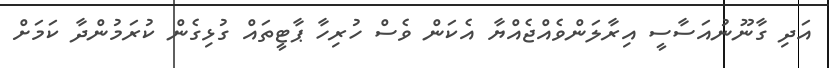
އަދި ގާނޫނުއަސާސީ އިރާލަންވެއްޖެއްޔާ އެކަން ވެސް ހުރިހާ ޕާޓީތައް ގުޅިގެން ކުރަމުންދާ ކަމަށް